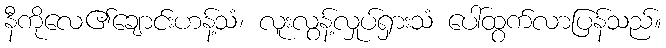
နီကိုလေ၏ချောင်းဟန့်သံ၊ လူးလွန့်လှုပ်ရှားသံ ပေါ်ထွက်လာပြန်သည်။